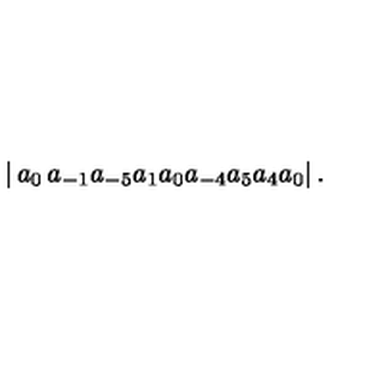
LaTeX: \left| \begin{matrix} { a _ { 0 } \hfill } & { a _ { - 1 } \hfill } & { a _ { - 5 } } \\ { a _ { 1 } \hfill } & { a _ { 0 } \hfill } & { a _ { - 4 } } \\ { a _ { 5 } \hfill } & { a _ { 4 } \hfill } & { a _ { 0 } } \\ \end{matrix} \right| .